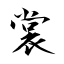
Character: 裳